65_HS1-834228961_62-HQ-83894_Section_6
Agency: FBI
Page 28
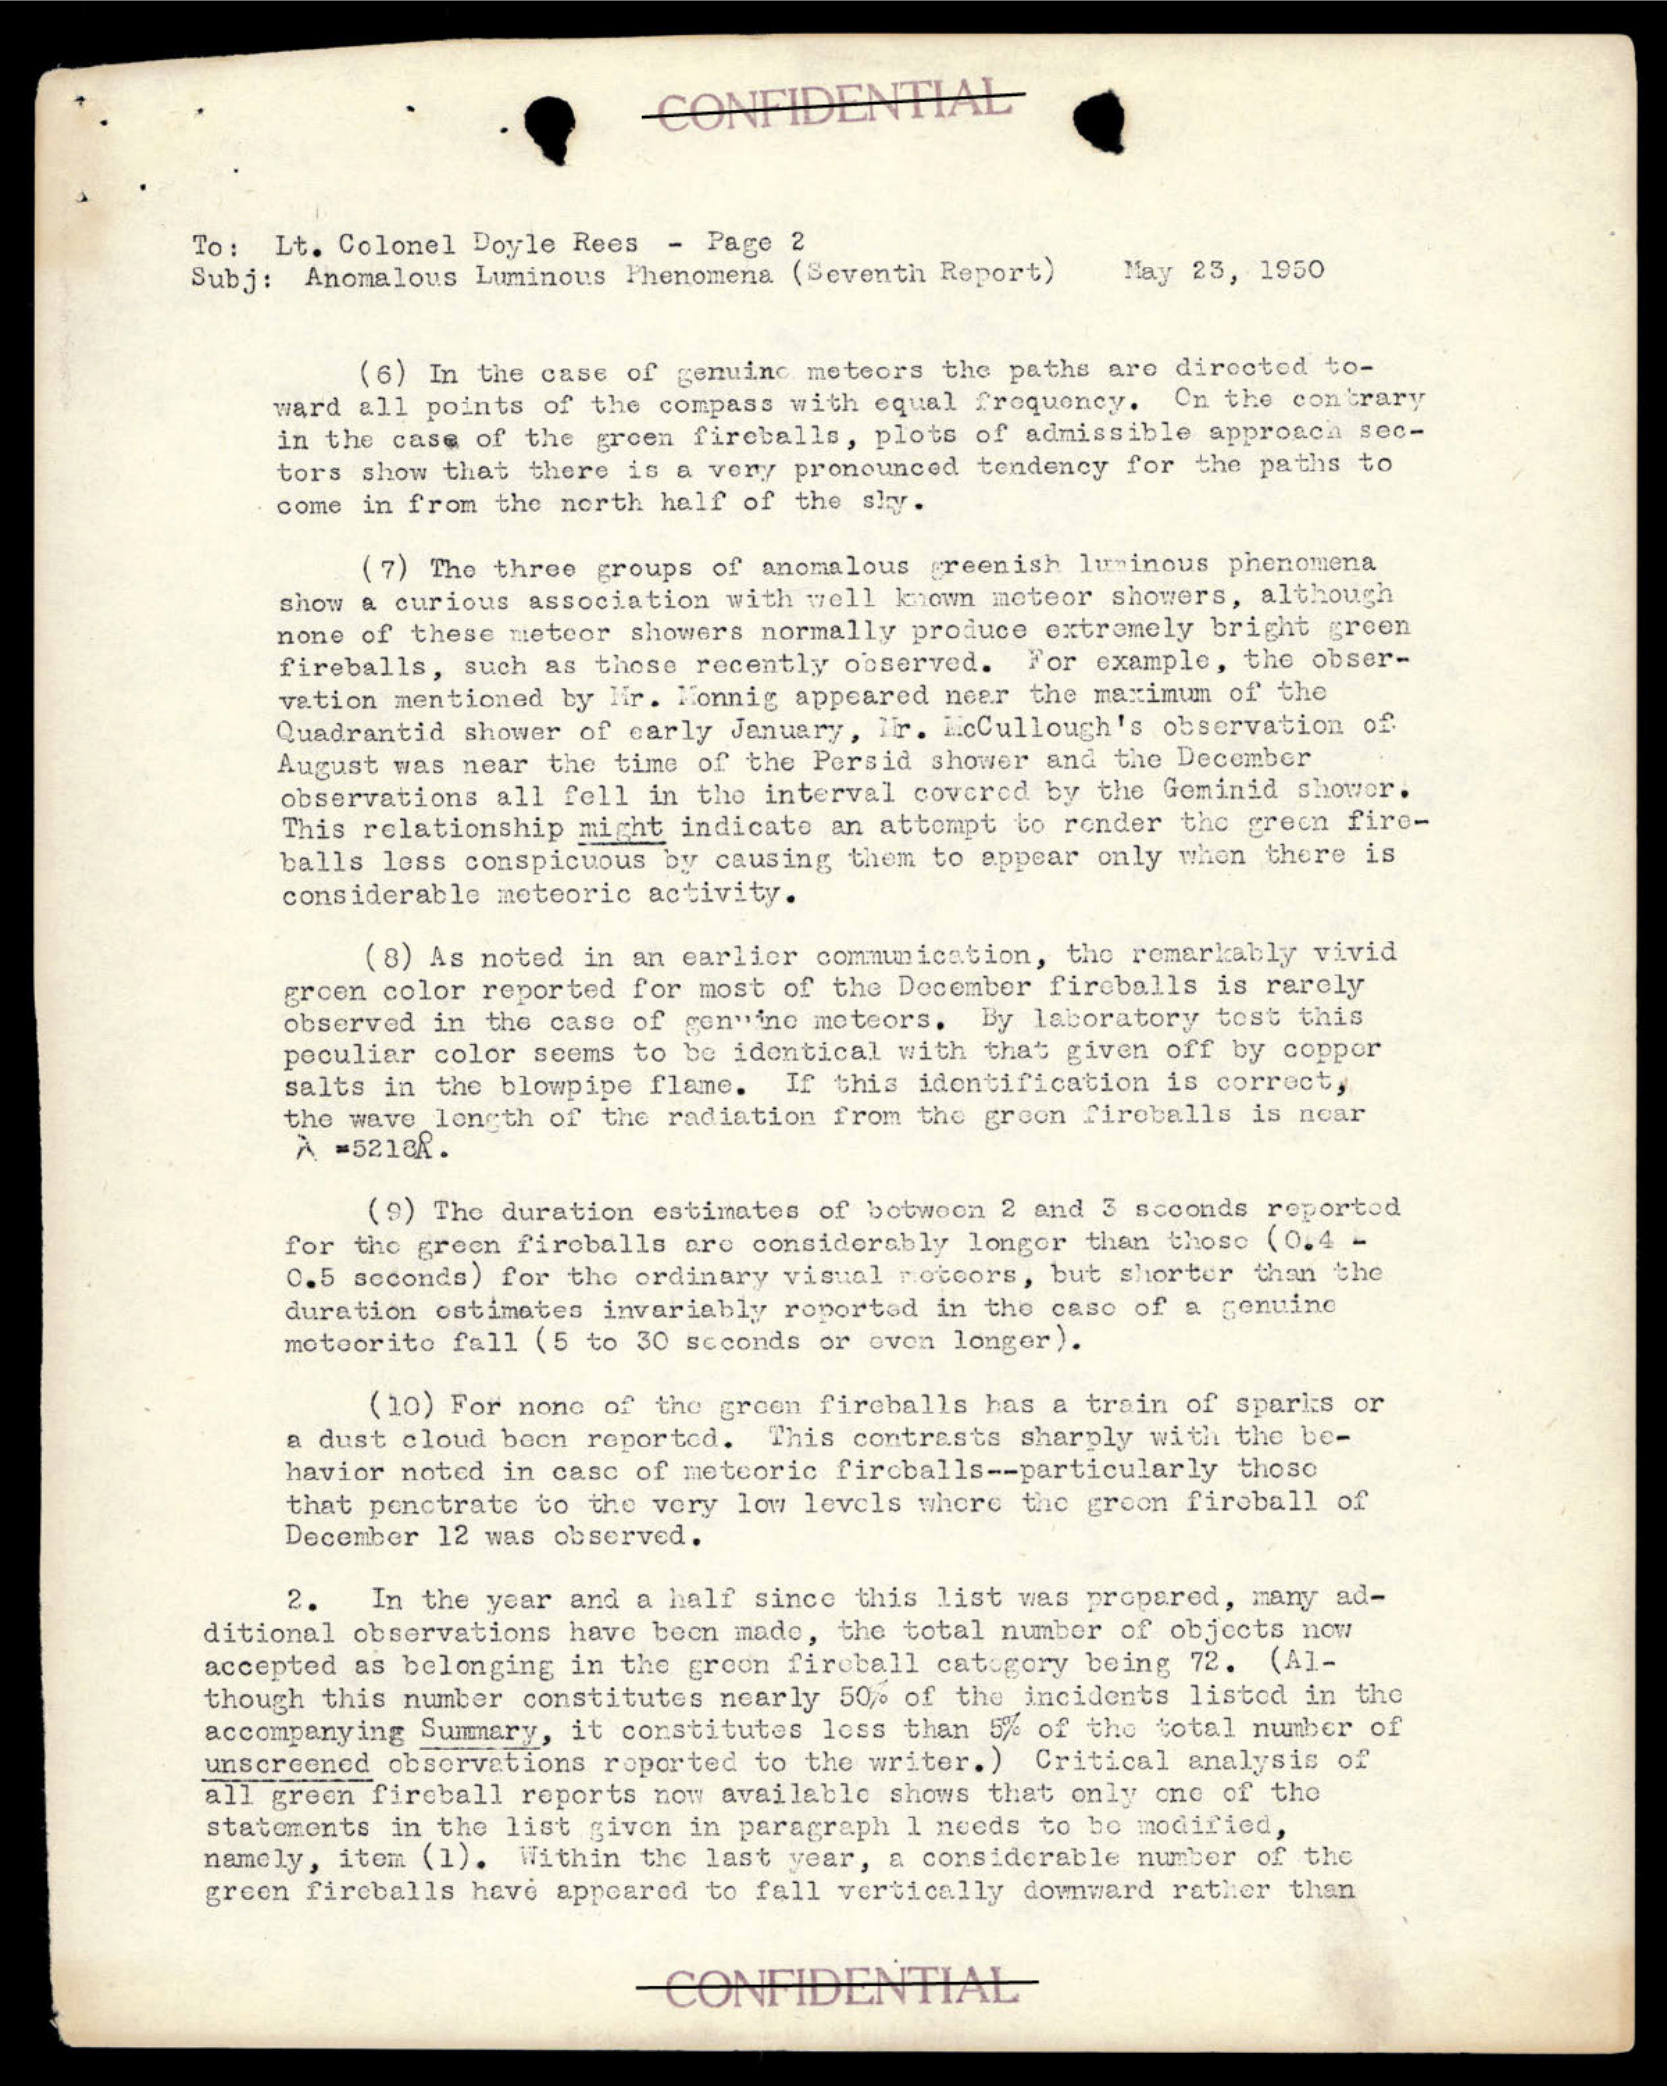